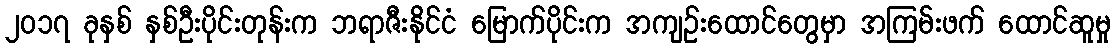
၂၀၁၇ ခုနှစ် နှစ်ဦးပိုင်းတုန်းက ဘရာဇီးနိုင်ငံ မြောက်ပိုင်းက အကျဉ်းထောင်တွေမှာ အကြမ်းဖက် ထောင်ဆူမှု